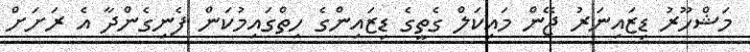
މަޝްހޫރު ޑިޒައިނަރު ޖޭން މައިކަލް ގެތީގެ ޑިޒައިންގެ ހިތްގައިމުކަން ފެނިގެންދާ އެ ރަށަށް